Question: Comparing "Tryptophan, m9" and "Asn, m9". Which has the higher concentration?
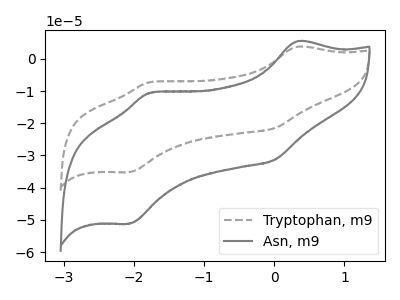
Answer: <think>The gray dashed curve "Tryptophan, m9" has anodic peaks at (0.35V, 3.75uA) (-1.75V, -7.25uA) and cathodic peaks at (0.00V, -21.50uA) (-2.05V, -35.15uA). The gray curve "Asn, m9" has anodic peaks at (0.35V, 5.45uA) (-1.75V, -10.55uA) and cathodic peaks at (0.00V, -31.30uA) (-2.05V, -51.15uA).
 All the peaks in "Tryptophan, m9" have a peak in "Asn, m9" at the same potential.</think>
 <answer>I cant tell if "Tryptophan, m9" or "Asn, m9" has higher concentration.</answer>
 <eval>mixed_concentration</eval>